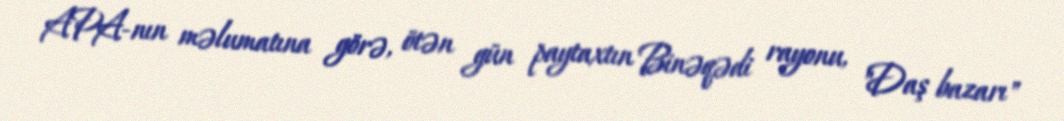
APA-nın məlumatına görə, ötən gün paytaxtın Binəqədi rayonu, "Daş bazarı"